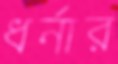
ধর্নার